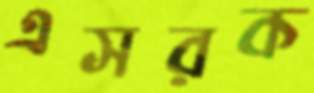
এসরক